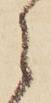
ら